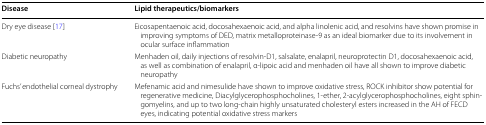
<table><thead><tr><td><b>Disease</b></td><td><b>Lipid therapeutics/biomarkers</b></td></tr></thead><tbody><tr><td>Dry eye disease [17]</td><td>Eicosapentaenoic acid, docosahexaenoic acid, and alpha linolenic acid, and resolvins have shown promise in improving symptoms of DED, matrix metalloproteinase-9 as an ideal biomarker due to its involvement in ocular surface inflammation</td></tr><tr><td>Diabetic neuropathy</td><td>Menhaden oil, daily injections of resolvin-D1, salsalate, enalapril, neuroprotectin D1, docosahexaenoic acid, as well as combination of enalapril, α-lipoic acid and menhaden oil have all shown to improve diabetic neuropathy</td></tr><tr><td>Fuchs’ endothelial corneal dystrophy</td><td>Mefenamic acid and nimesulide have shown to improve oxidative stress, ROCK inhibitor show potential for regenerative medicine, Diacylglycerophosphocholines, 1-ether, 2-acylglycerophosphocholines, eight sphingomyelins, and up to two long-chain highly unsaturated cholesteryl esters increased in the AH of FECD eyes, indicating potential oxidative stress markers</td></tr></tbody></table>